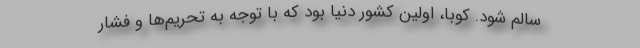
سالم شود. کوبا، اولین کشور دنیا بود که با توجه به تحریم‌ها و فشار